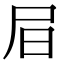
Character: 𡰶